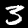
Digit: 3